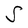
Character: S